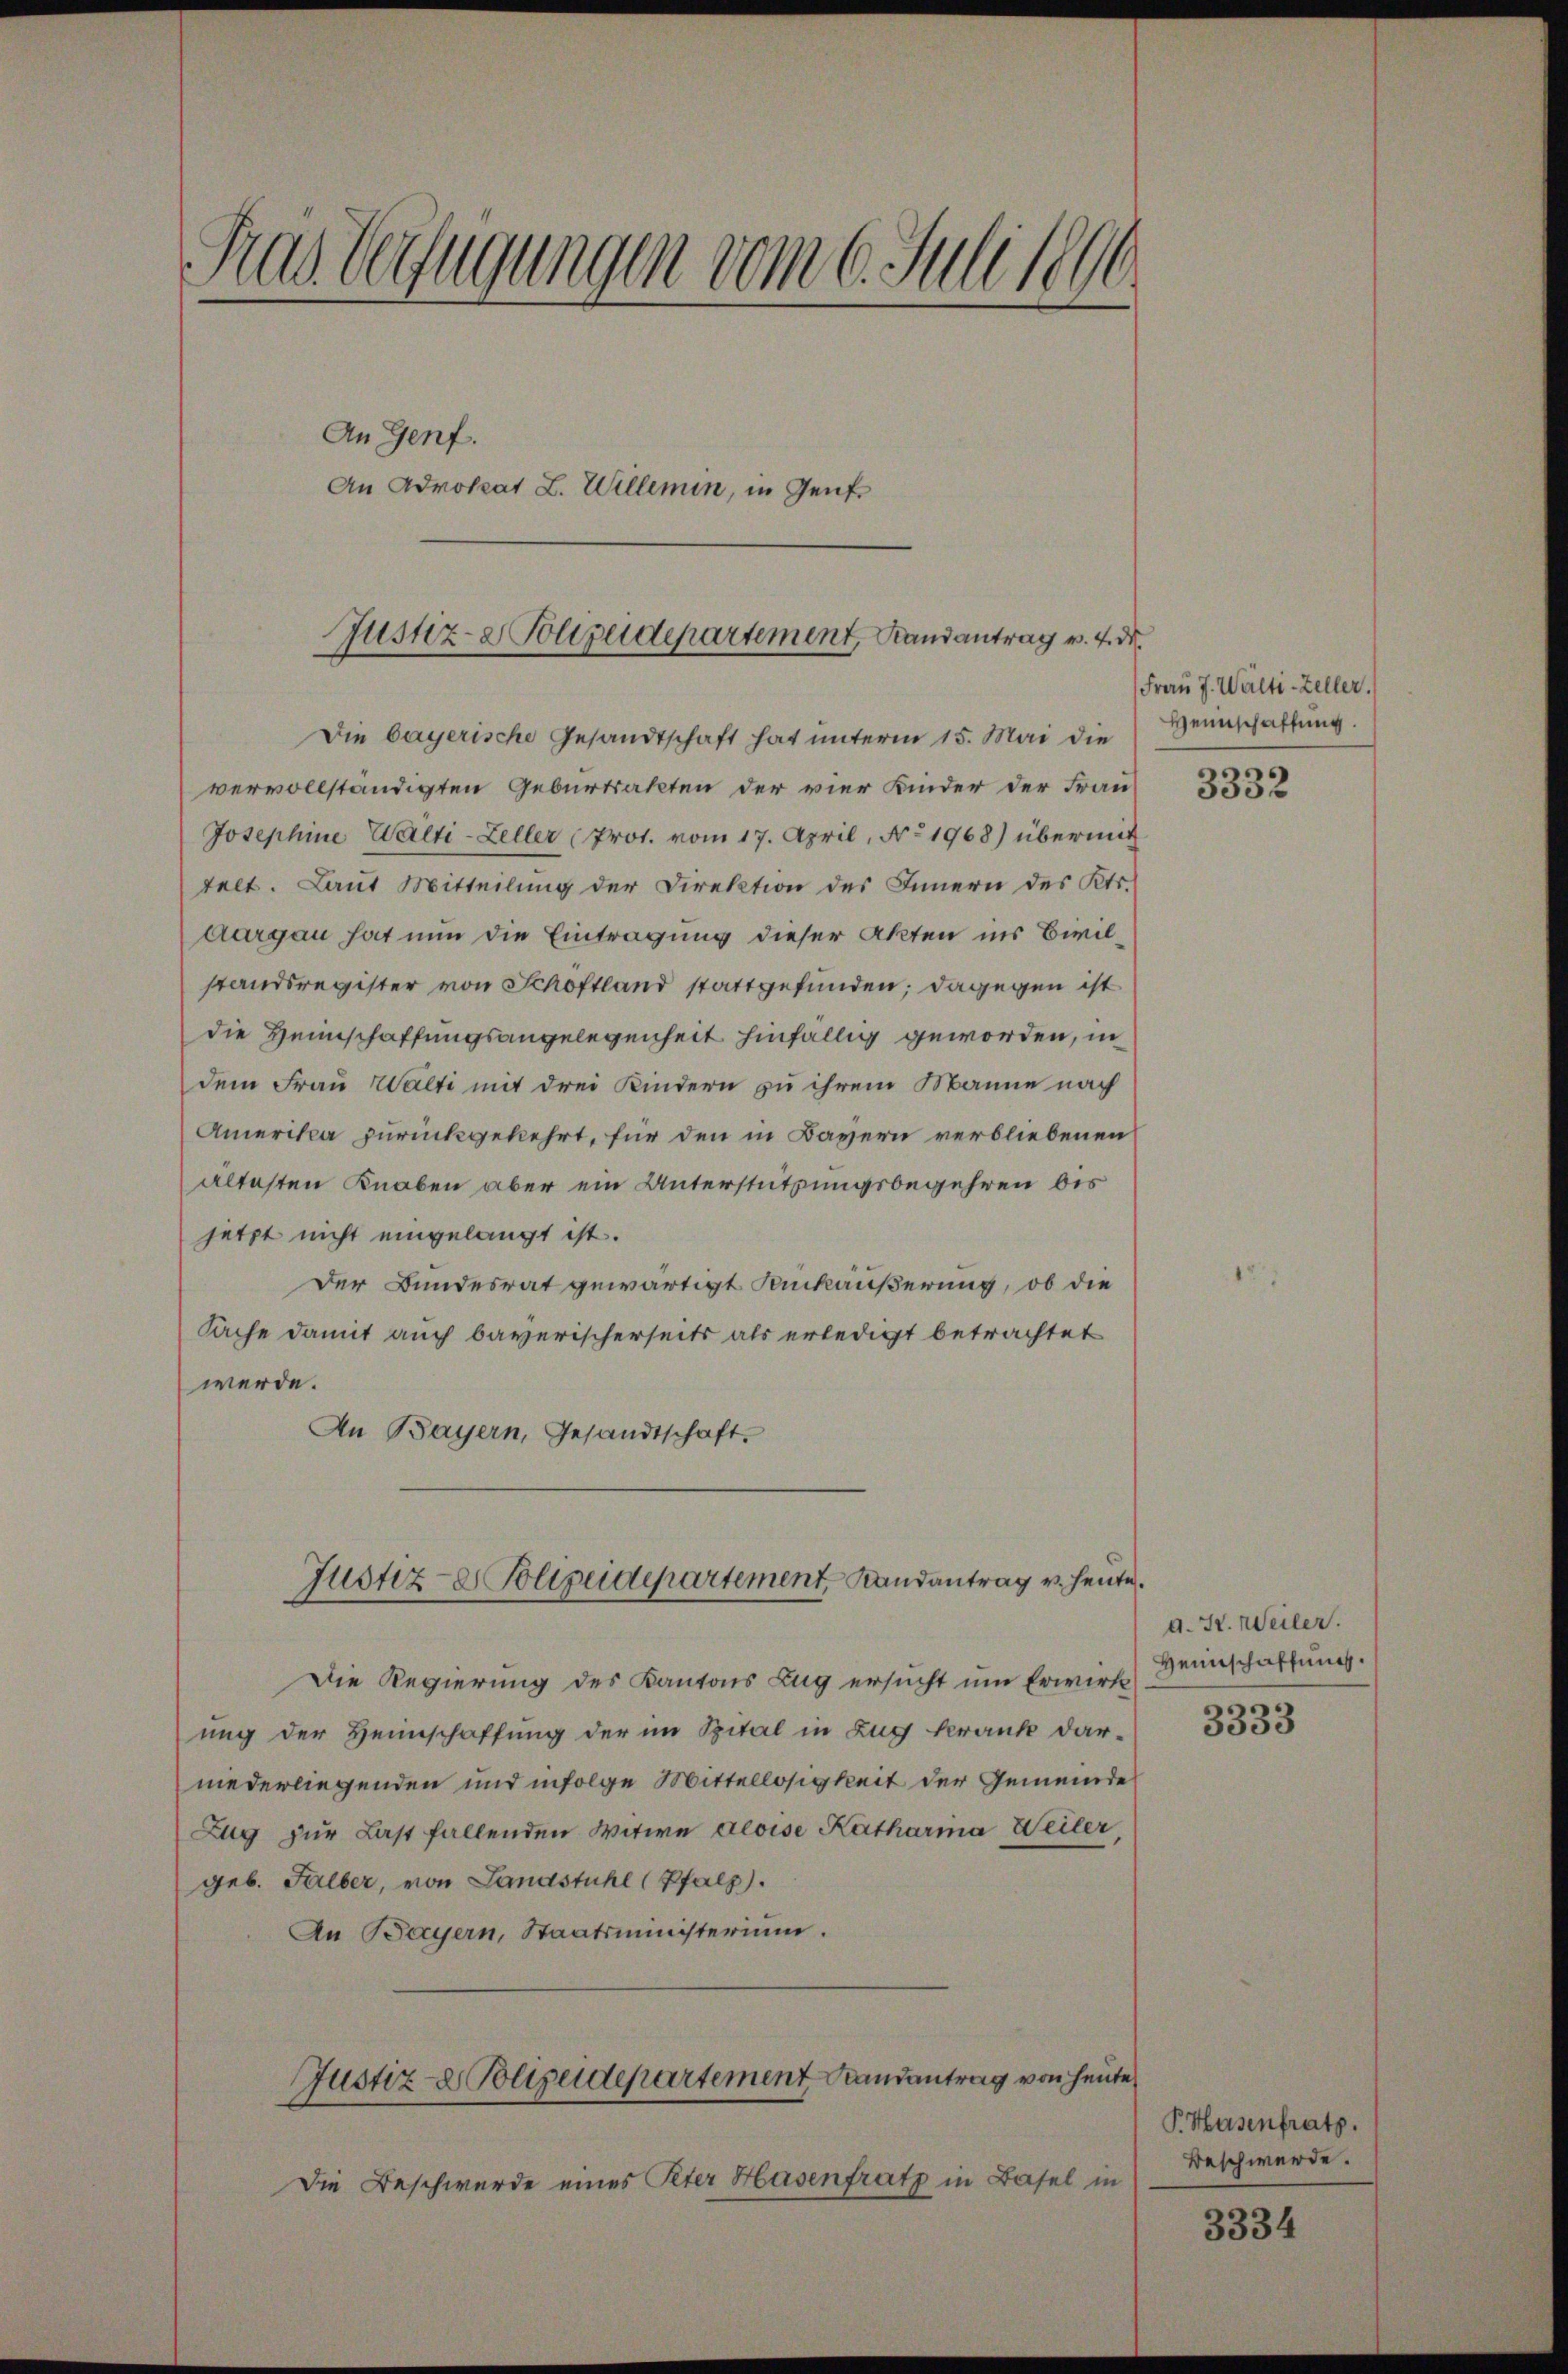
.
Das Verfügungen vom 6. Juli 18
An Genf.
An Advokat L. Willemin, in Genf

Justiz-Polizeidepartement, Randantrag v. 4. d.

Aargau hat nun die Eintragung dieser Akten in Civilstandsregister von Schöftland stattgefunden; dagegen ist
die Heimschaffungsangelegenheit hinfällig geworden, in
dem Frau Walti mit drei Kindern zu ihrem Manne nach
Amerika zurückgekehrt, für den in Bayern verbliebenen
ältesten Knaben aber ein Unterstützungsbegehren bis
jetzt nicht eingelangt ist.
Der Bundesrat gewärtigt Kinkäußerung, ob die
Sache damit auch bayerischerseits als erledigt betrachtet
werde.
An Bayern, Gesandtschaft.
Justiz- & Polizeidepartement, Landantrag v. heute.
Die Regierung des Kantons Zug ersucht um Erwirk
ung der Heimschaffung der im Spital in Zug krank darniederliegenden und infolge Mittellosigkeit der Gemeinde
Zug zur Last fallenden Witwe devise Katharia Weiler,
geb. Salber, von Landstuhl (Pfalz).
An Bayern, Staatsministerium.
Justiz- & Polizeidepartement Randantrag von heute
Die Beschwerde eines Peter Hasenfrath in Basel in

Die bayerische Gesandtschaft hat unterm 15. Mai die
vervollständigten Geburtsakten der vier Kinder der Frau
Josephine Walti-Zeller (Prot. vom 17. April, Nr. 1968) übermit
telt. Laut Mitteilung der Direktion des Innern des Kts.

Frau J. Wälti-Zeller
Heimschaffung.
1

3332

d. St. Meiler.
Heinschaffung.

3333

P. Hasenfrath.
Beschwerde.

3334